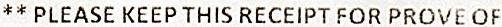
** PLEASE KEEP THIS RECEIPT FOR PROVE OF